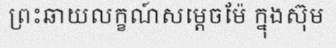
ព្រះឆាយលក្ខណ៍សម្តេចម៉ែ ក្នុងស៊ុម